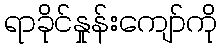
ရာခိုင်နှုန်းကျော်ကို